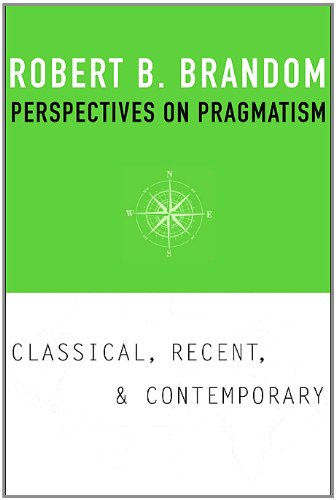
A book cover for Perspectives on Pragmatism: Classical, Recent, and Contemporary; Robert B. Brandom; Politics & Social Sciences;